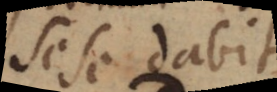
sese dabit.